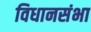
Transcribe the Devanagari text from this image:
विधानसंभा